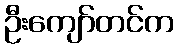
ဦးကျော်တင်က